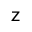
{ \sf z }